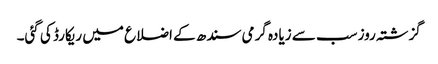
گزشتہ روز سب سے زیادہ گرمی سندھ کے اضلاع میں ریکارڈ کی گئی۔